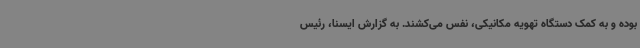
بوده و به کمک دستگاه تهویه مکانیکی، نفس می‌کشند. به گزارش ایسنا، رئیس